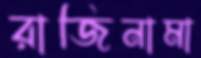
রাজিনামা